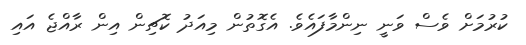
ކުރުމަށް ވެސް ވަނީ ނިންމާފައެވެ. އެގޮތުން މިއަދު ކޮޗިން އިން ރާއްޖެ އައި